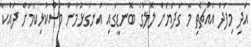
އަދި މިފަދަ އެއްޗެތި މާ ގަދަޔަށް ލޮލުގެ ބޮނޑީގައި އުނގުޅުމުން މުސްކުޅިކަމަށް ދައްކާ